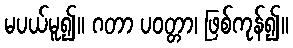
မပယ်မူ၍။ ဂတာ ပဝတ္တာ၊ ဖြစ်ကုန်၍။